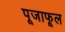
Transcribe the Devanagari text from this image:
पूजाफूल